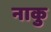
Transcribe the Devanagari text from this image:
नाकु